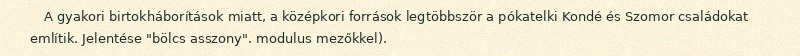
A gyakori birtokháborítások miatt, a középkori források legtöbbször a pókatelki Kondé és Szomor családokat említik. Jelentése "bölcs asszony". modulus mezőkkel).